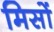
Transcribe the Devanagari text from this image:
मिसों